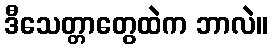
ဒီသေတ္တာတွေထဲက ဘာလဲ။